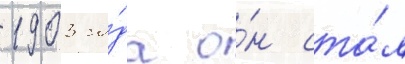
1903 го́да о́н ста́л